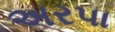
અરપા